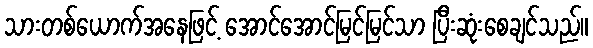
သားတစ်ယောက်အနေဖြင့် အောင်အောင်မြင်မြင်သာ ပြီးဆုံးစေချင်သည်။